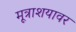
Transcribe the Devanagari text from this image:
मूत्राशयावर